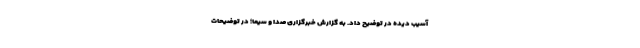
آسیب دیده در توضیح داد. به گزارش خبرگزاری صدا و سیما؛ در توضیحات